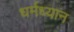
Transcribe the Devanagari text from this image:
धर्मध्यान